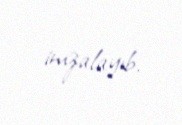
imzalayıb.